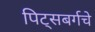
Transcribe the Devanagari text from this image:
पिट्सबर्गचे